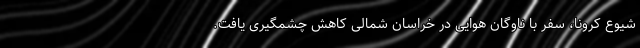
شیوع کرونا، سفر با ناوگان هوایی در خراسان شمالی کاهش چشمگیری یافت.